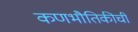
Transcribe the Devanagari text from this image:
कणभौतिकीची